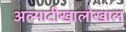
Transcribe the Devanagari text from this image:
अल्माटीखालोखाल